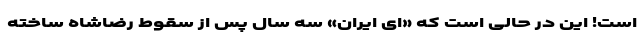
است! این در حالی است که «ای ایران» سه سال پس از سقوط رضاشاه ساخته